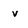
Character: v